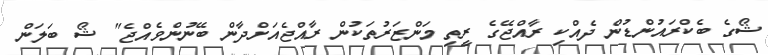
ޝޯގެ ބެކްރައުންޑުން ދެއްކި ރާއްޖޭގެ ރީތި މަންޒަރުތަކުން ރާއްޖެއަށްދާން ބޭނުންވެއްޖެ" ޝޯ ބަލަން